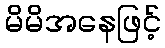
မိမိအနေဖြင့်